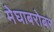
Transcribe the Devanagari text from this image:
मेघाबरोबर